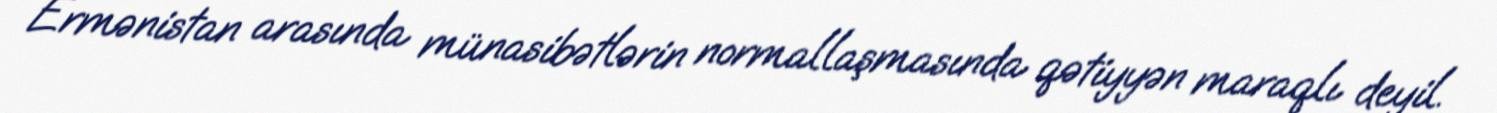
Ermənistan arasında münasibətlərin normallaşmasında qətiyyən maraqlı deyil.